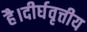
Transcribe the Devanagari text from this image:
है।दीर्घवृत्तीय